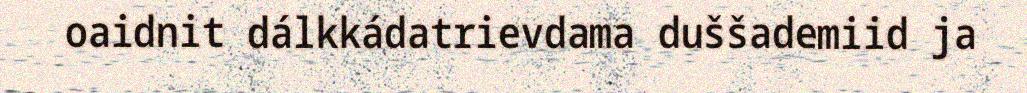
oaidnit dálkkádatrievdama duššademiid ja